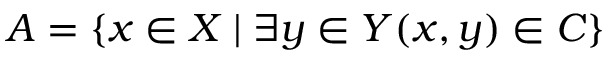
A = \{ x \in X \mid \exists y \in Y ( x , y ) \in C \}